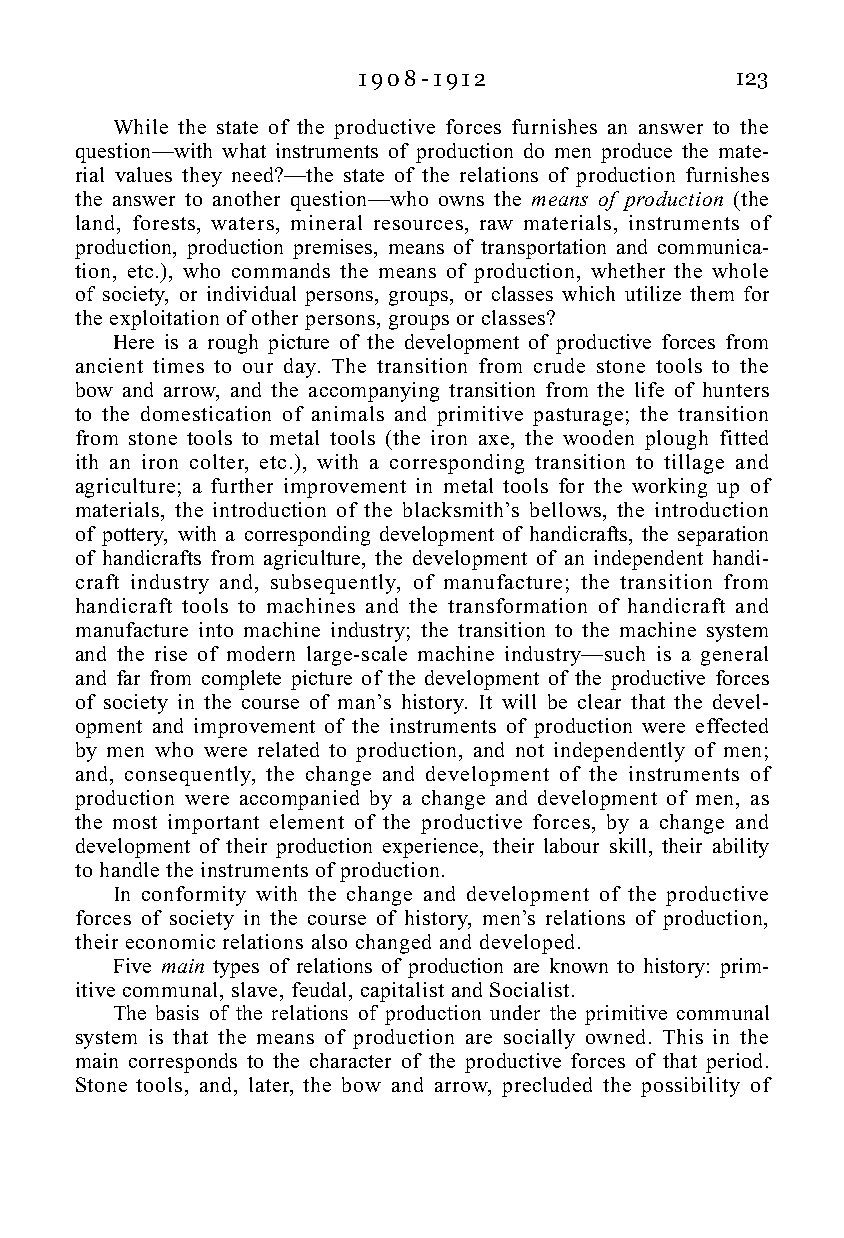
1 9 0 8 - 1 9 1 2        123
 While the state of the productive forces furnishes an answer to the
 question—with what instruments of production do men produce the mate-
 rial values they need?—the state of the relations of production furnishes
 the answer to another question—who owns the means of production (the
 land, forests, waters, mineral resources, raw materials, instruments of
 production, production premises, means of transportation and communica-
 tion, etc.), who commands the means of production, whether the whole
 of society, or individual persons, groups, or classes which utilize them for
 the exploitation of other persons, groups or classes?
 Here is a rough picture of the development of productive forces from
 ancient times to our day. The transition from crude stone tools to the
 bow and arrow, and the accompanying transition from the life of hunters
 to the domestication of animals and primitive pasturage; the transition
 from stone tools to metal tools (the iron axe, the wooden plough fitted
 ith an iron colter, etc.), with a corresponding transition to tillage and
 agriculture; a further improvement in metal tools for the working up of
 materials, the introduction of the blacksmith’s bellows, the introduction
 of pottery, with a corresponding development of handicrafts, the separation
 of handicrafts from agriculture, the development of an independent handi-
 craft industry and, subsequently, of manufacture; the transition from
 handicraft tools to machines and the transformation of handicraft and
 manufacture into machine industry; the transition to the machine system
 and the rise of modern large-scale machine industry—such is a general
 and far from complete picture of the development of the productive forces
 of society in the course of man’s history. It will be clear that the devel-
 opment and improvement of the instruments of production were effected
 by men who were related to production, and not independently of men;
 and, consequently, the change and development of the instruments of
 production were accompanied by a change and development of men, as
 the most important element of the productive forces, by a change and
 development of their production experience, their labour skill, their ability
 to handle the instruments of production.
 In conformity with the change and development of the productive
 forces of society in the course of history, men’s relations of production,
 their economic relations also changed and developed.
 Five main types of relations of production are known to history: prim-
 itive communal, slave, feudal, capitalist and Socialist.
 The basis of the relations of production under the primitive communal
 system is that the means of production are socially owned. This in the
 main corresponds to the character of the productive forces of that period.
 Stone tools, and, later, the bow and arrow, precluded the possibility of